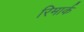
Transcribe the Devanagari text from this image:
रिमार्क